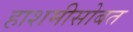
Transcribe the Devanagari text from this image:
हाशमीसोबत